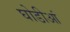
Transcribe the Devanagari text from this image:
घोडीआं